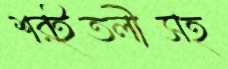
শরইতলীসহ